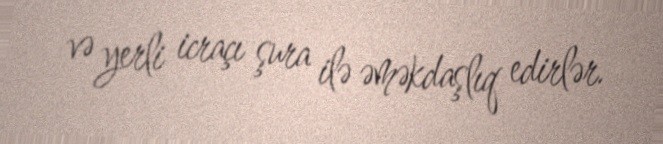
və yerli icraçı şura ilə əməkdaşlıq edirlər.